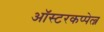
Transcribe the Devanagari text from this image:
ऑस्टरकप्पेल्न